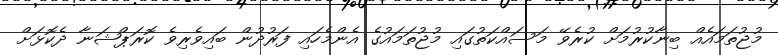
މުޖުތަމައެއް ބިނާކުރުމަށް ކުރެވޭ މަސައްކަތުގައި މުޖުތަމައުގެ އެންމެހައި ފަރުދުން ބައިވެރިވެ ކޮރަޕްޝަނާ ދެކޮޅަށް